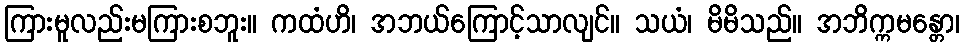
ကြားမူလည်းမကြားစဘူး။ ကထံဟိ၊ အဘယ်ကြောင့်သာလျင်။ သယံ၊ မိမိသည်။ အဘိက္ကမန္တော၊